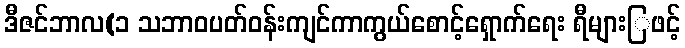
ဒီဇင်ဘာလ(၁ သဘာဝပတ်ဝန်းကျင်ကာကွယ်စောင့်ရှောက်ရေး ရီများြဖင့်